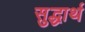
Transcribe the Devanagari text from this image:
सुद्धार्थ